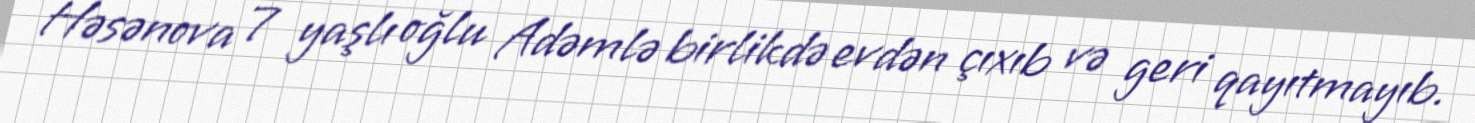
Həsənova 7 yaşlı oğlu Adəmlə birlikdə evdən çıxıb və geri qayıtmayıb.